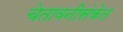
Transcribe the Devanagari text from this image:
चेतावनीसंकेत